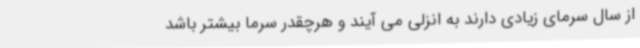
از سال سرمای زیادی دارند به انزلی می آیند و هرچقدر سرما بیشتر باشد